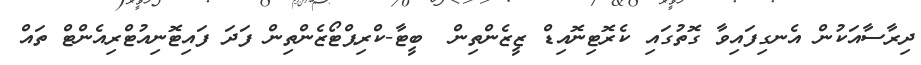
ދިރާސާއަކުން އެނގިފައިވާ ގޮތުގައި ކެރޮޓިނޮއިޑް ޒީޒެންތިން  ބީޓާ-ކްރިޕްޓޯޒެންތިން ފަދަ ފައިޓޮނިއުޓްރިއެންޓް ތައް